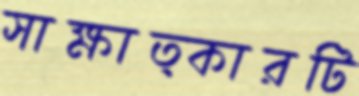
সাক্ষাত্কারটি